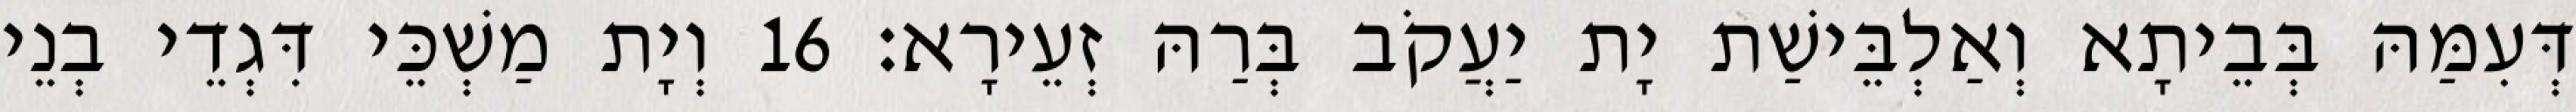
דְּעִמַּהּ בְּבֵיתָא וְאַלְבֵּישַׁת יָת יַעֲקֹב בְּרַהּ זְעֵירָא׃ 16 וְיָת מַשְׁכֵּי דִּגְדֵי בְנֵי